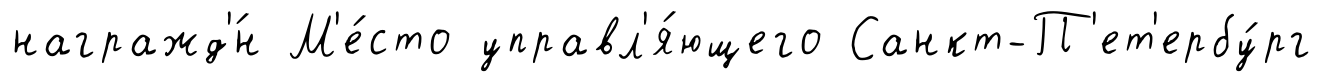
награжд'́н М'е́сто управл'я́ющего Санкт-П'ет'ербу́рг